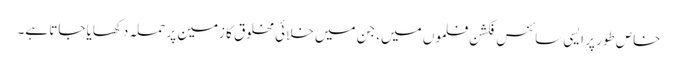
خاص طور پر ایسی سائنس فکشن فلموں میں، جن میں خلائی مخلوق کا زمین پر حملہ دکھایا جاتا ہے۔